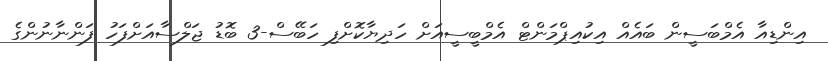
އިންޑިއާ އެމްބަސީން ބައެއް އިކުއިޕްމަންޓް އެމްބީސީއަށް ހަދިޔާކޮށްފި ހަބޭސް-3 ބޮޑު ޖަލްސާއަށްފަހު ފަންނާނުންގެ